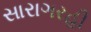
સારાગરહી